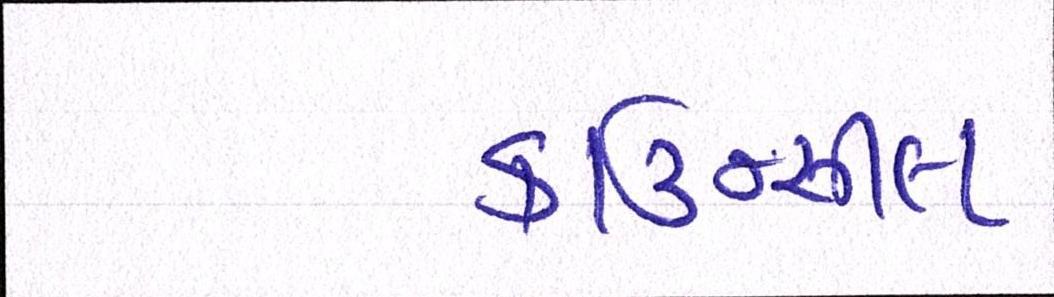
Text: કાઉન્સીલ